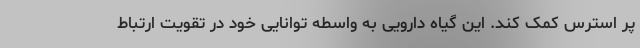
پر استرس کمک کند. این گیاه دارویی به واسطه توانایی خود در تقویت ارتباط